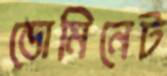
ডোমিনেট